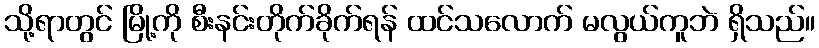
သို့ရာတွင် မြို့ကို စီးနင်းတိုက်ခိုက်ရန် ထင်သလောက် မလွယ်ကူဘဲ ရှိသည်။